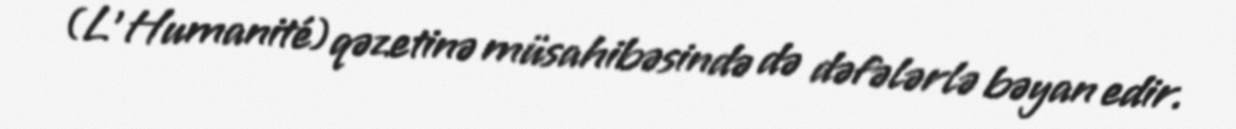
(L'Humanité) qəzetinə müsahibəsində də dəfələrlə bəyan edir.